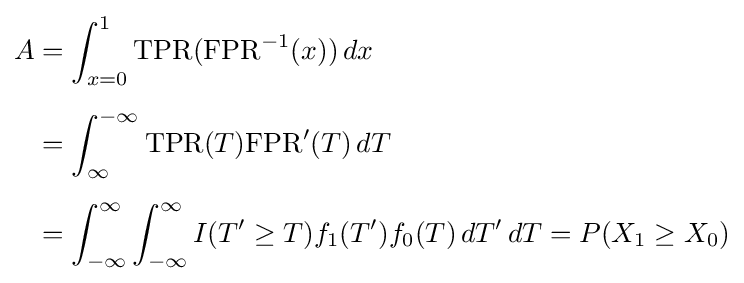
{\begin{aligned}A&=\int _{x=0}^{1}{\mbox{TPR}}({\mbox{FPR}}^{-1}(x))\,dx\\[5pt]&=\int _{\infty }^{-\infty }{\mbox{TPR}}(T){\mbox{FPR}}'(T)\,dT\\[5pt]&=\int _{-\infty }^{\infty }\int _{-\infty }^{\infty }I(T'\geq T)f_{1}(T')f_{0}(T)\,dT'\,dT=P(X_{1}\geq X_{0})\end{aligned}}